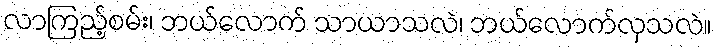
လာကြည့်စမ်း၊ ဘယ်လောက် သာယာသလဲ၊ ဘယ်လောက်လှသလဲ။